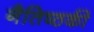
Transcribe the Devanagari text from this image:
नैतिष्ठकी